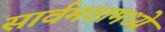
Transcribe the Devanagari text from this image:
सार्वमतामध्ये